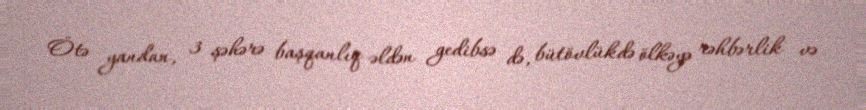
Ötə yandan, 3 şəhərə başqanlıq əldən gedibsə də, bütövlükdə ölkəyə rəhbərlik və